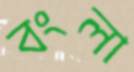
বংলা